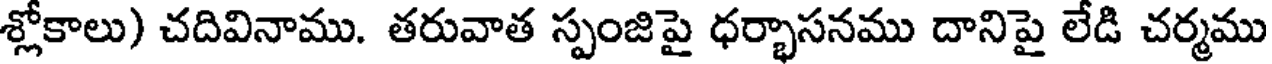
శ్లోకాలు) చదివినాము. తరువాత స్పంజిపై ధర్భాసనము దానిపై లేడి చర్మము